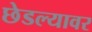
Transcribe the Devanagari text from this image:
छेडल्यावर